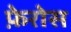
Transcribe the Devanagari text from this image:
फ़ेरोस